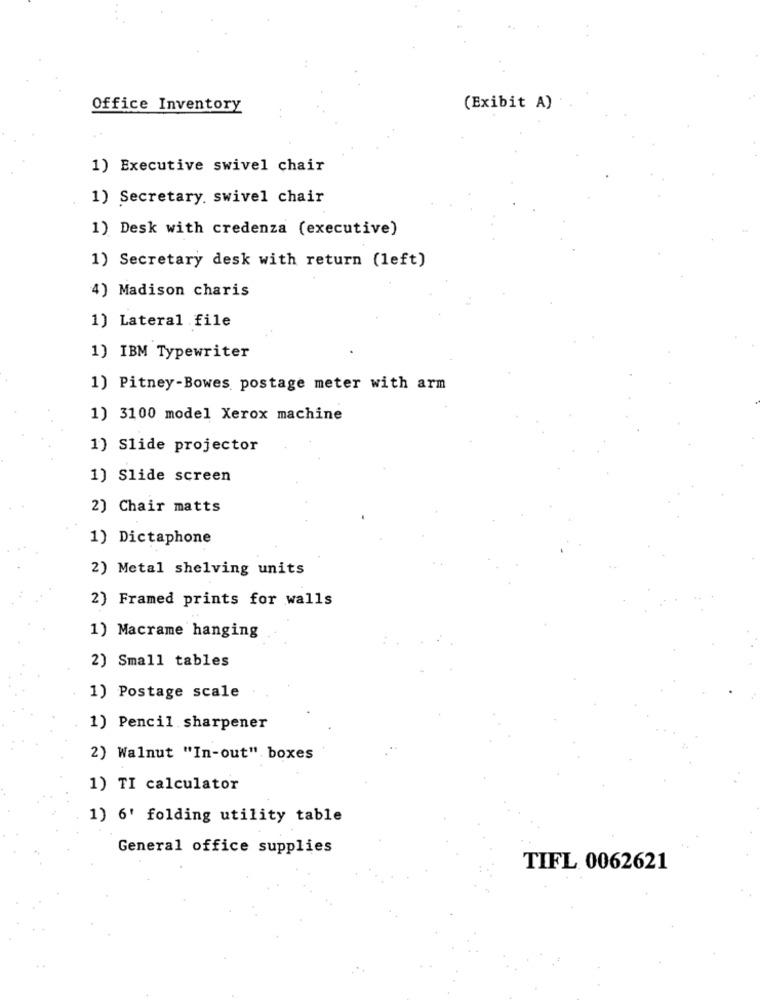
Office Inventory
(Exibit A)
1) Executive swivel chair
1) Secretary. swivel chair
1) Desk with credenza (executive)
1) Secretary desk with return (left)
4) Madison charis
1) Lateral file
1) IBM Typewriter
1) Pitney-Bowes postage meter with arm
1) 3100 model Xerox machine
1) Slide projector
1) Slide screen
2) Chair matts
1) Dictaphone
2) Metal shelving units
2) Framed prints for walls
1) Macrame hanging
2) Small tables
1) Postage scale
1) Pencil sharpener
2) Walnut "In-out". boxes
1) TI calculator
1) 6' folding utility table
General office supplies
TIFL 0062621